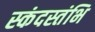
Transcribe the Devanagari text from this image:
स्कंदस्तंभि